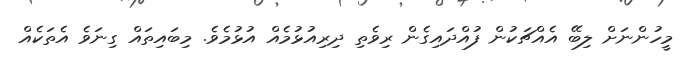
މީހުންނަށް ލިބޭ އެއްޗަކުން ފުއްދައިގެން ރިވެތި ދިރިއުޅުމެއް އުޅުމެވެ. މިބައިތައް ގިނަވެ އެތަކެއް